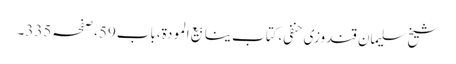
شیخ سلیمان قندوزی حنفی،کتاب ینابیع المودة،باب59،صفحہ335۔